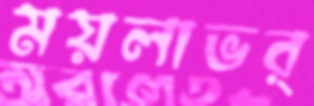
ময়লাভর্